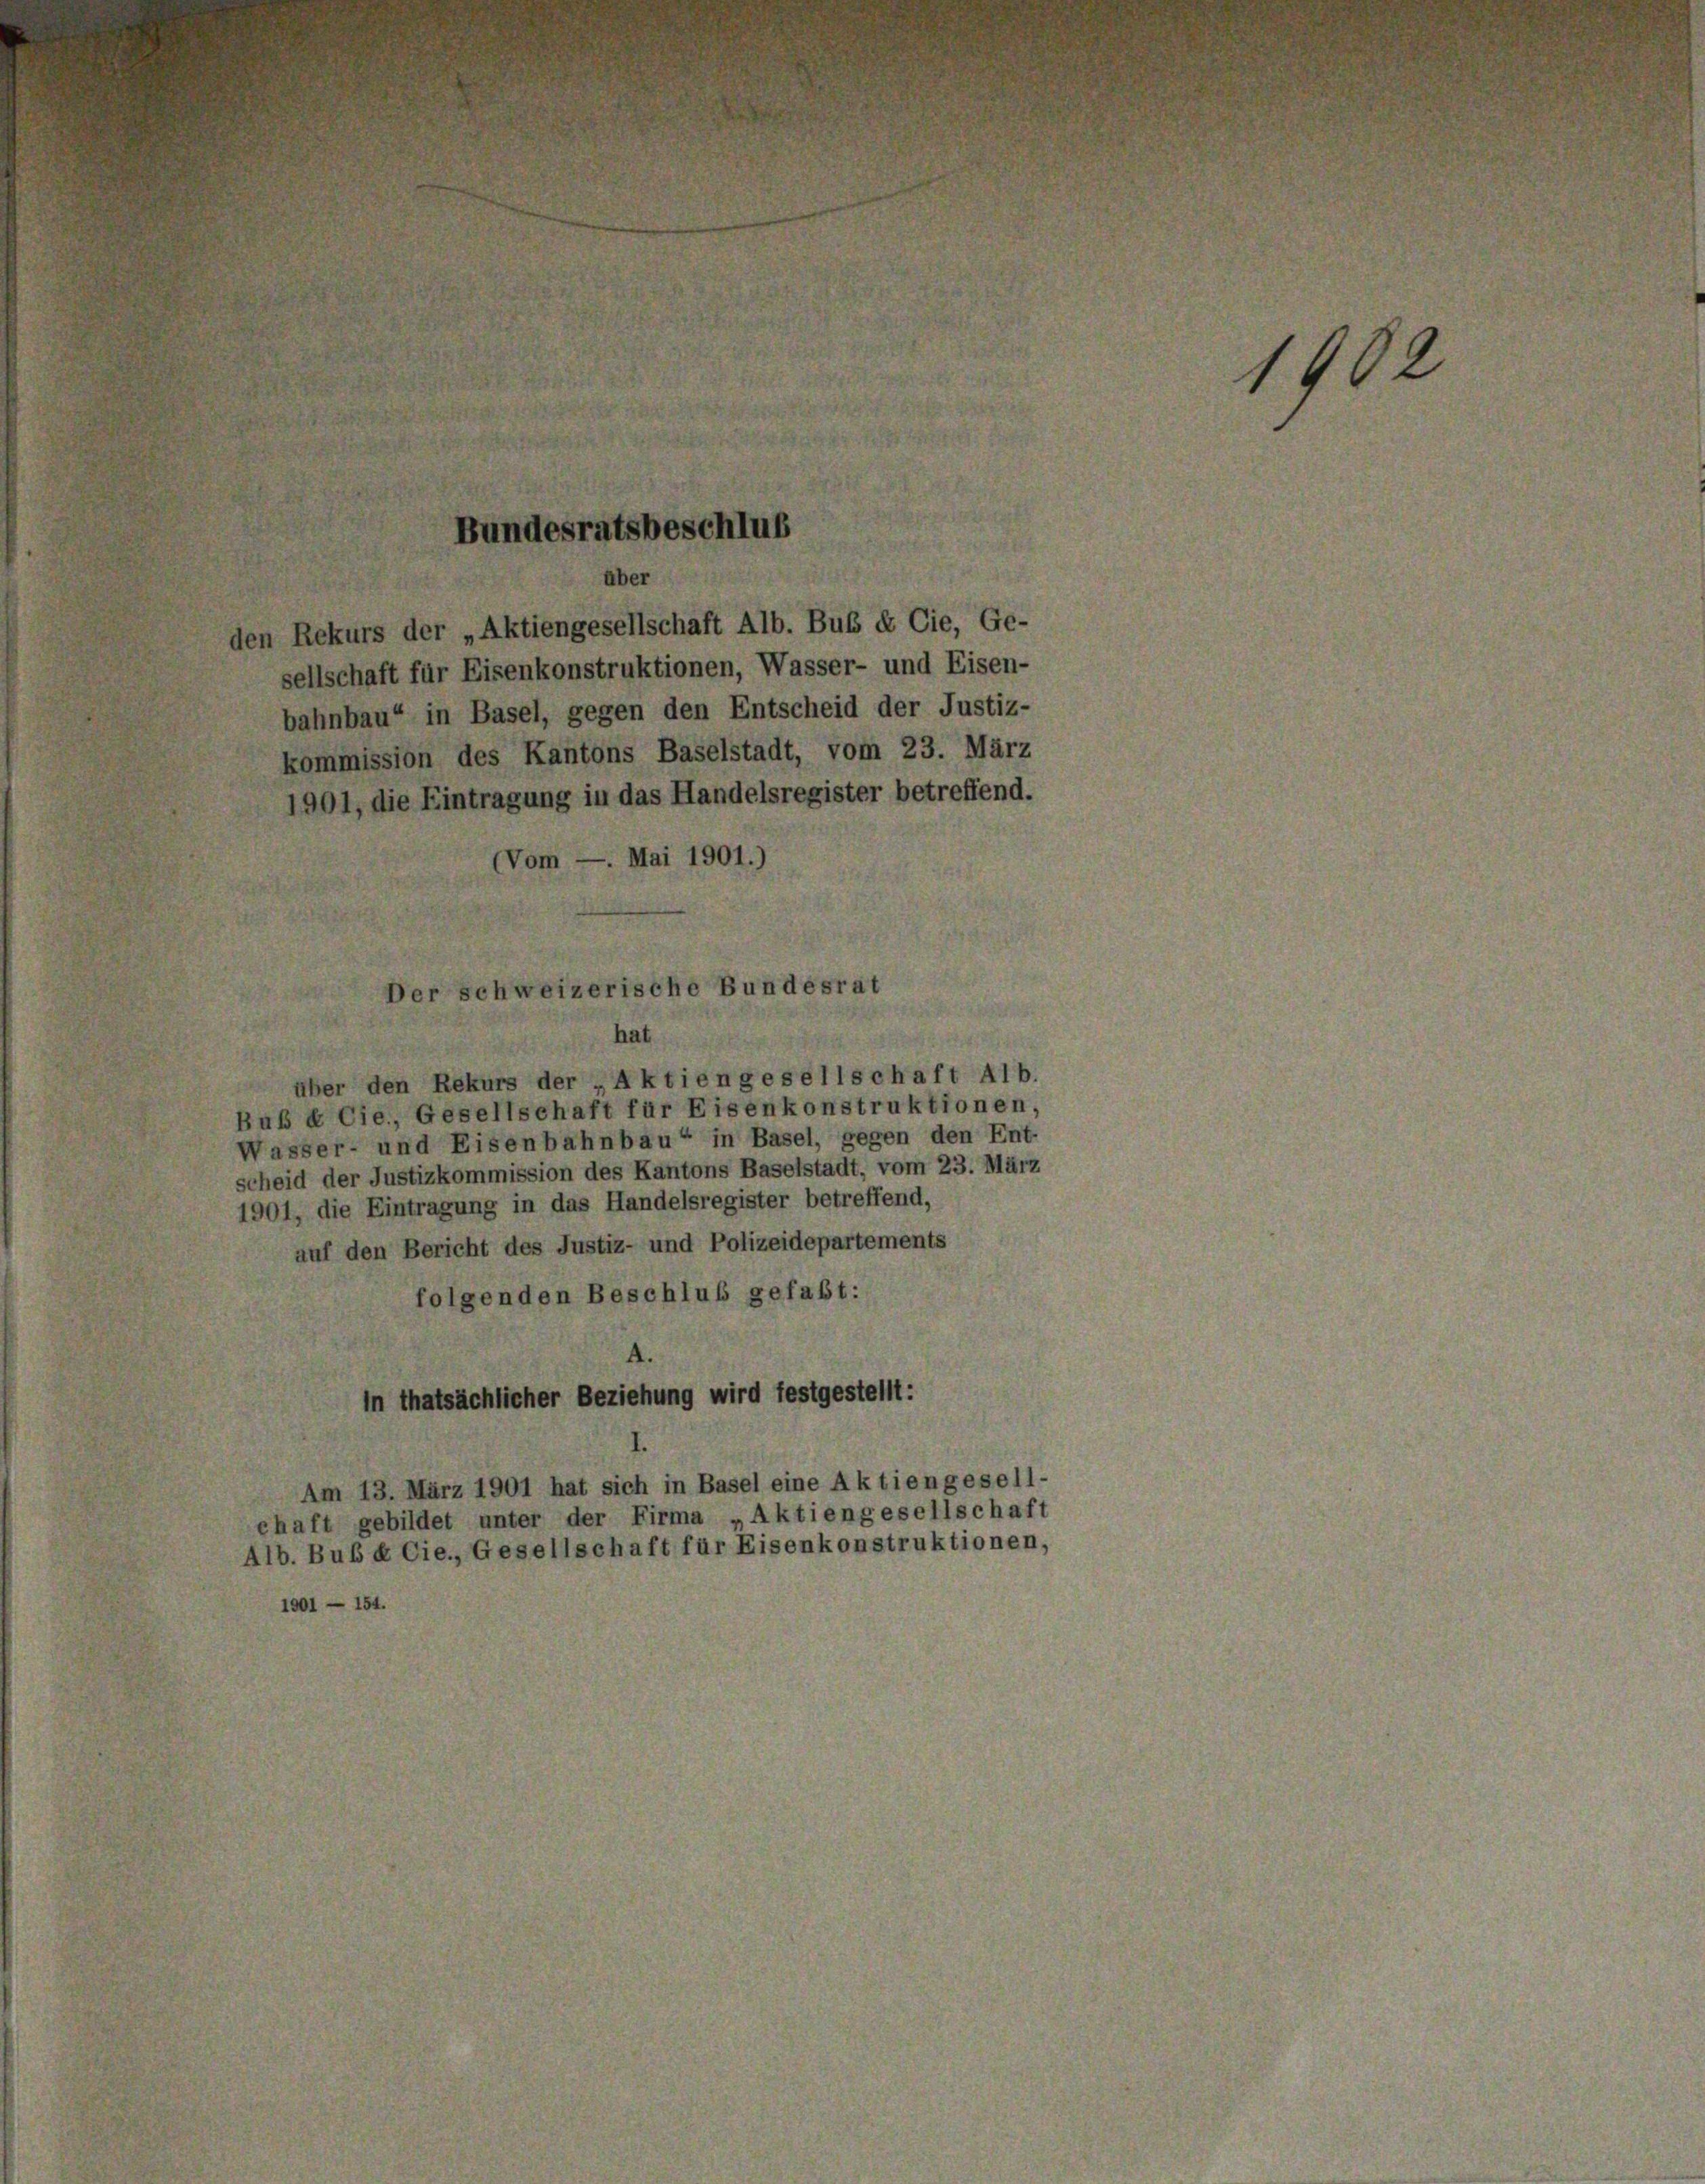
Bundesratsbeschluß

bahnbau“ in Basel, gegen den Entscheid der Justiz-
kommission des Kantons Baselstadt, vom 23. März
1901, die Eintragung in das Handelsregister betreffend.
(Vom — Mai 1901.)

aber
den Rekurs der „Aktiengesellschaft Alb. Buß & Cie, Ge-
sellschaft für Eisenkonstruktionen, Wasser- und Eisen-

Der schweizerische Bundesrat

über den Rekurs der „Aktiengesellschaft Alb.
Bub & Cie., Gesellschaft für Eisenkonstruktionen,
Wasser- und Eisenbahnbau“ in Basel, gegen den Ent-
scheid der Justizkommission des Kantons Baselstadt, vom 23. März
1901, die Eintragung in das Handelsregister betreffend,
auf den Bericht des Justiz- und Polizeidepartements
folgenden Beschluß gefaßt:
4.
in thatsächlicher Beziehung wird festgestellt:
Am 13. März 1901 hat sich in Basel eine Aktiengesell-
chaft gebildet unter der Firma „Aktiengesellschaft
lb. Bub & Cie., Gesellschaft für Eisenkonstruktionen,
1901 — 154.

1402